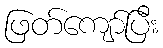
ဖြတ်ကျော်ပြီး